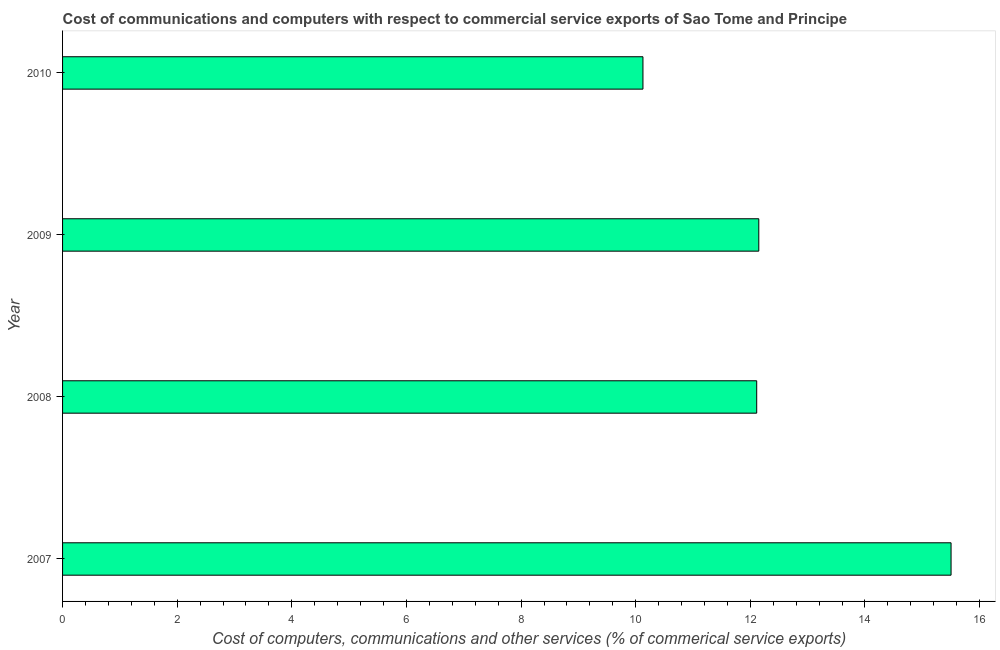
| Year | Computer |
 | --- | --- |
 | 2007 | 15.5 |
 | 2008 | 12.1 |
 | 2009 | 12.1 |
 | 2010 | 10.1 |